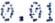
0.01